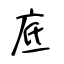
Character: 底